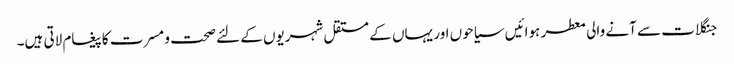
جنگلات سے آنے والی معطر ہوائیں سیاحوں اور یہاں کے مستقل شہریوں کے لئے صحت و مسرت کا پیغام لاتی ہیں۔